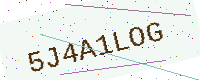
Text: 5J4A1LOG